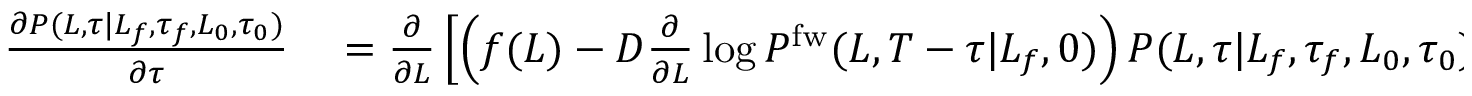
\begin{array} { r l } { \frac { \partial P ( L , \tau | L _ { f } , \tau _ { f } , L _ { 0 } , \tau _ { 0 } ) } { \partial \tau } } & { { } = \frac { \partial } { \partial L } \left[ \left( f ( L ) - D \frac { \partial } { \partial L } \log P ^ { \mathrm { f w } } ( L , T - \tau | L _ { f } , 0 ) \right) P ( L , \tau | L _ { f } , \tau _ { f } , L _ { 0 } , \tau _ { 0 } ) \right] } \end{array}